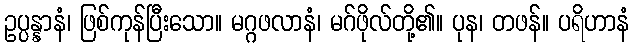
ဥပ္ပန္နာနံ၊ ဖြစ်ကုန်ပြီးသော။ မဂ္ဂဖလာနံ၊ မဂ်ဖိုလ်တို့၏။ ပုန၊ တဖန်။ ပရိဟာနံ